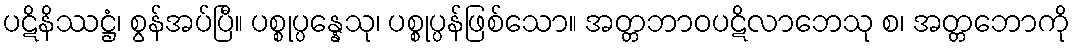
ပဋိနိဿဋ္ဌံ၊ စွန်အပ်ပြီ။ ပစ္စုပ္ပန္နေသု၊ ပစ္စုပ္ပန်ဖြစ်သော။ အတ္တဘာဝပဋိလာဘေသု စ၊ အတ္တဘောကို